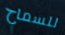
للسماح